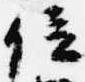
位